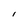
Character: l